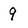
Character: 9